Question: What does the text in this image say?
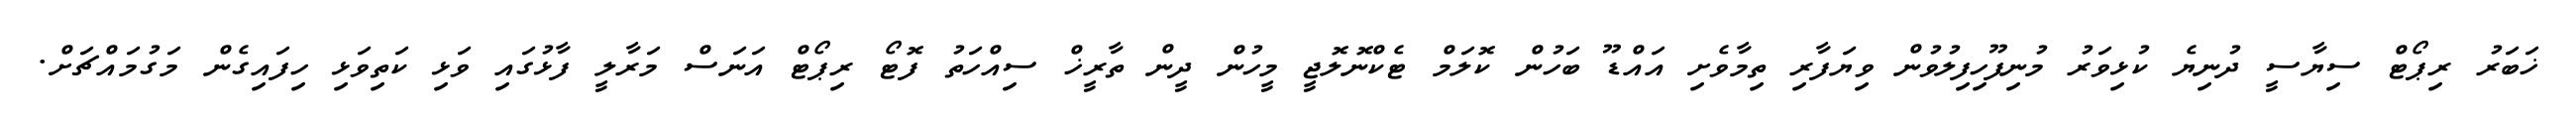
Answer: ޚަބަރު ރިޕޯޓް ސިޔާސީ ދުނިޔެ ކުޅިވަރު މުނިފޫހިފިލުވުން ވިޔަފާރި ތިމާވެށި އައްޑޫ ބަހުން ކޮލަމް ޓެކްނޮލޮޖީ މީހުން ދީން ތާރީޚް ސިއްހަތު ފޮޓޯ ރިޕޯޓް އަނަސް މަރާލީ ފާޅުގައި ވަޅި ކަތިވަޅި ހިފައިގެން މަގުމައްޗަށް.